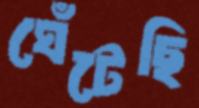
ঘেঁটেছি